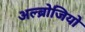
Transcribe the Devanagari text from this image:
अल्ब्रोजियो